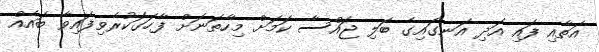
އަތާއި ފައި އަދި އަނގައިގެ ބަލި ޖައްސާ ކަމަށް މިހާތަނަށް ފާހަގަކުރެވިފައިވާ ބައެއް